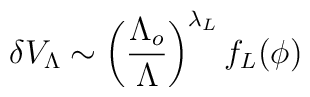
\delta V_{\Lambda}\sim\left(\frac{\Lambda_{o}}{\Lambda}\right)^{\lambda_{L}}f_{L}(\phi)